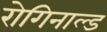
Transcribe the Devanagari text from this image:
रोगिनाल्ड